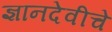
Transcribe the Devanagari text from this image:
ज्ञानदेवीचे